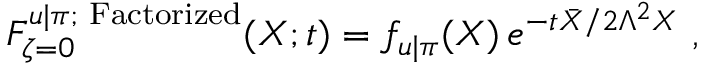
{ \cal F } _ { \zeta = 0 } ^ { u | \pi ; { \mathrm { \footnotesize ~ F a c t o r i z e d } } } ( X ; t ) = f _ { u | \pi } ( X ) \, e ^ { - t \bar { X } / 2 \Lambda ^ { 2 } X } \ ,